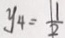
y _ { 4 } = \frac { 1 } { 2 }